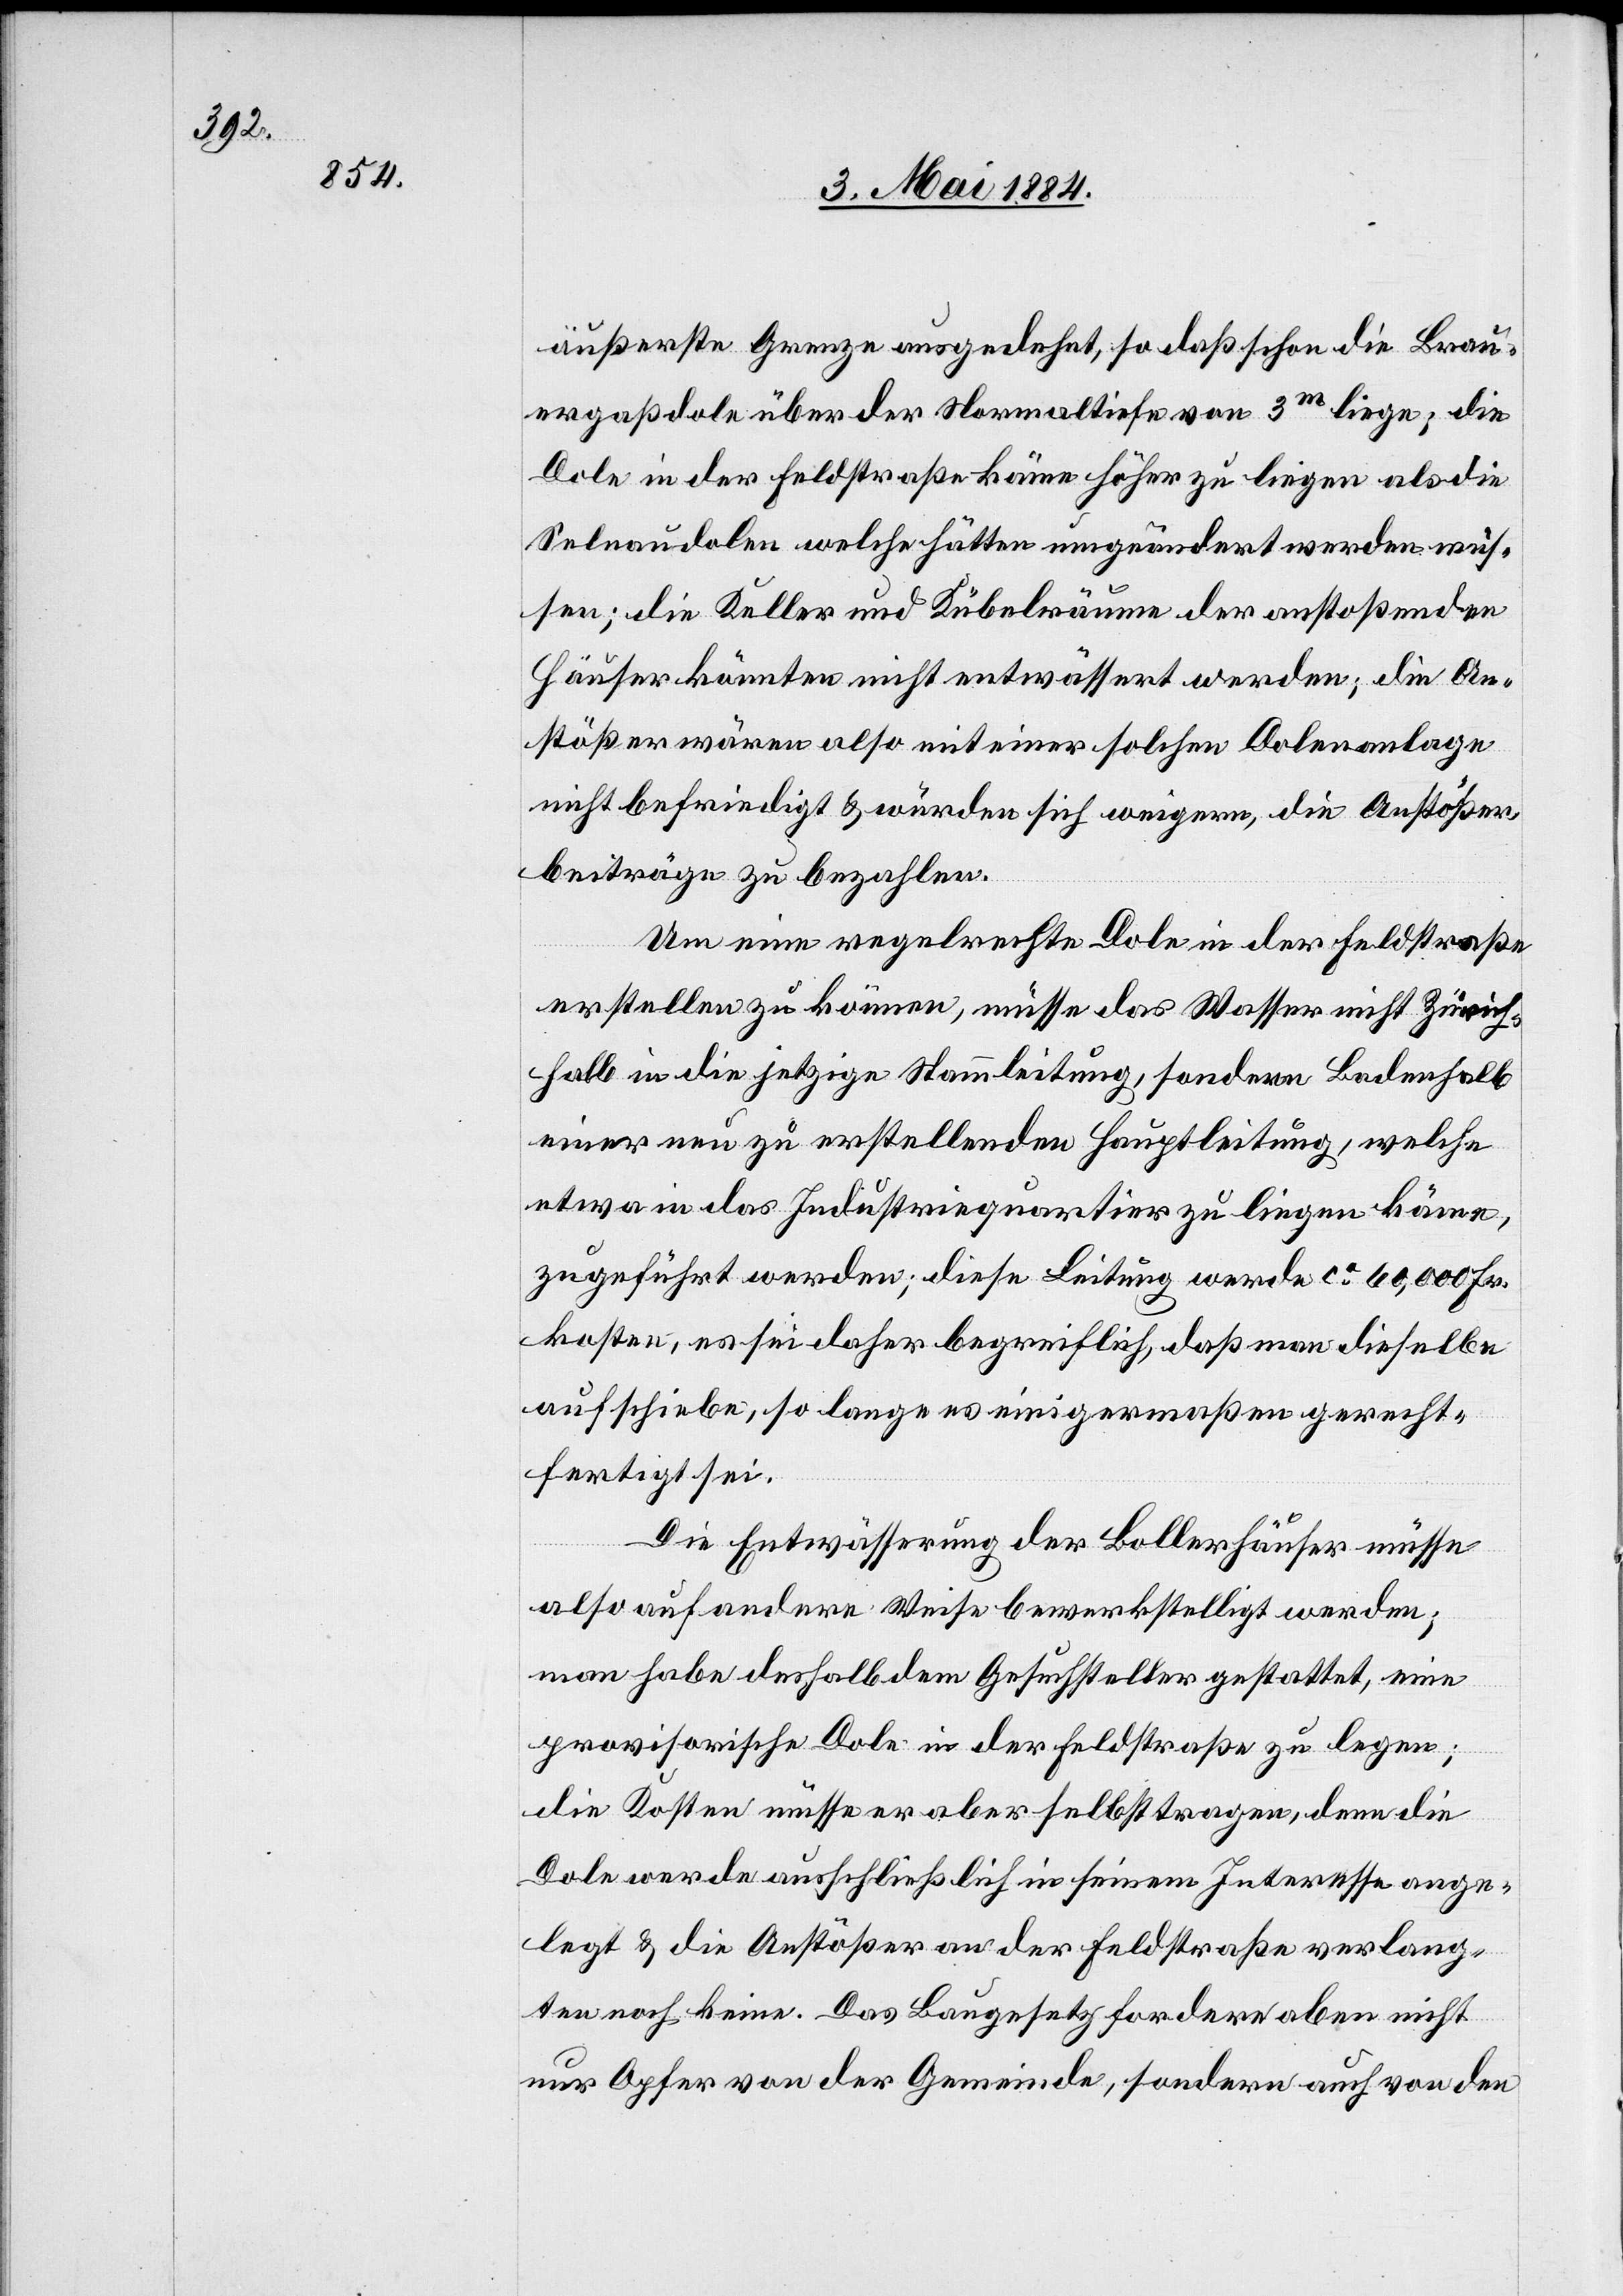
äußersten Grenze ausgedehnt, so daß schon die Brau¬
ergaßdole über der Normaltiefe von 3m liege; die
Dole in der Feldstraße käme höher zu liegen als die
Selnaudolen welche hätten umgeändert werden müs¬
sen; die Keller und Kübelräume der anstoßenden
Häuser könnten nicht entwässert werden; die An¬
stößer wären also mit einer solche Dolenanlage
nicht befriedigt & würden sich weigern, die Anstößer¬
beiträge zu bezahlen.
Um eine regelrechte Dole in der Feldstraße
erstellen zu können, müsse das Wasser nicht Zürich¬
halb in die jetzige Stauleitung, sondern Baderhalb
einer neu zu erstellenden Hauptleitung, welche
etwa in das Industriequartier zu liegen käme,
zugeführt werden; diese Leitung werde ca 60,000 Fr.
kosten, es sei daher begreiflich, daß man dieselbe
aufschiebe, so lange es einigermaßen gerecht¬
fertigt sei.
Die Entwässerung der Bollerhäuser müsse
also auf andere Weise bewerkstelligt werden;
man habe deshalb dem Gesuchsteller gestattet, eine
provisorische Dole in der Feldstraße zu legen;
die Kosten müsse er aber selbst tragen, denn die
Dole werde ausschließlich in seinem Interesse ange¬
legt & die Anstößer an der Feldstraße verlang¬
ten noch keine. Das Baugesetz fordere aber nicht
nur Opfer von der Gemeinde, sondern auch von den